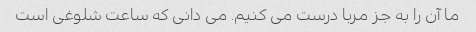
ما آن را به جز مربا درست می کنیم. می دانی که ساعت شلوغی است